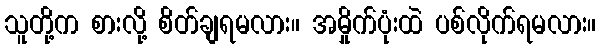
သူတို့က စားလို့ စိတ်ချရမလား။ အမှိုက်ပုံးထဲ ပစ်လိုက်ရမလား။